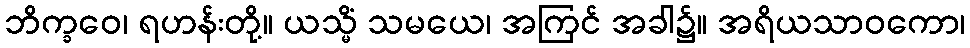
ဘိက္ခဝေ၊ ရဟန်းတို့။ ယသ္မိံ သမယေ၊ အကြင် အခါ၌။ အရိယသာဝကော၊